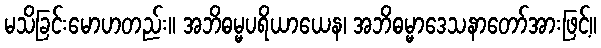
မသိခြင်းမောဟတည်း။ အဘိဓမ္မပရိယာယေန၊ အဘိဓမ္မာဒေသနာတော်အားဖြင့်။